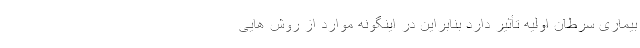
بیماری سرطان اولیه تأثیر دارد بنابراین در اینگونه موارد از روش هایی